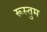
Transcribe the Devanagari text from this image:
रूस्तुम